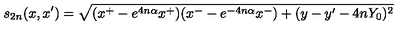
s _ { 2 n } ( x , x ^ { \prime } ) = \sqrt { ( x ^ { + } - e ^ { 4 n \alpha } x ^ { + } ) ( x ^ { - } - e ^ { - 4 n \alpha } x ^ { - } ) + ( y - y ^ { \prime } - 4 n Y _ { 0 } ) ^ { 2 } }